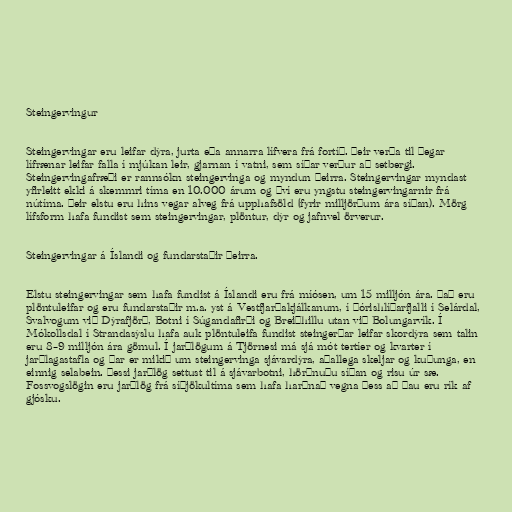
Steingervingur

Steingervingar eru leifar dýra, jurta eða annarra lífvera frá fortíð. Þeir verða til þegar
lífrænar leifar falla í mjúkan leir, gjarnan í vatni, sem síðar verður að setbergi.
Steingervingafræði er rannsókn steingervinga og myndun þeirra. Steingervingar myndast
yfirleitt ekki á skemmri tíma en 10.000 árum og því eru yngstu steingervingarnir frá
nútíma. Þeir elstu eru hins vegar alveg frá upphafsöld (fyrir milljörðum ára síðan). Mörg
lífsform hafa fundist sem steingervingar, plöntur, dýr og jafnvel örverur.

Steingervingar á Íslandi og fundarstaðir þeirra.

Elstu steingervingar sem hafa fundist á Íslandi eru frá míósen, um 15 milljón ára. Það eru
plöntuleifar og eru fundarstaðir m.a. yst á Vestfjarðakjálkanum, í Þórishlíðarfjalli í Selárdal,
Svalvogum við Dýrafjörð, Botni í Súgandafirði og Breiðhillu utan við Bolungarvík. Í
Mókollsdal í Strandasýslu hafa auk plöntuleifa fundist steingerðar leifar skordýra sem talin
eru 8–9 milljón ára gömul. Í jarðlögum á Tjörnesi má sjá mót tertíer og kvarter í
jarðlagastafla og þar er mikið um steingervinga sjávardýra, aðallega skeljar og kuðunga, en
einnig selabein. Þessi jarðlög settust til á sjávarbotni, hörðnuðu síðan og risu úr sæ.
Fossvogslögin eru jarðlög frá síðjökultíma sem hafa harðnað vegna þess að þau eru rík af
gjósku.